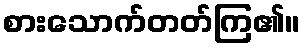
စားသောက်တတ်ကြ၏။